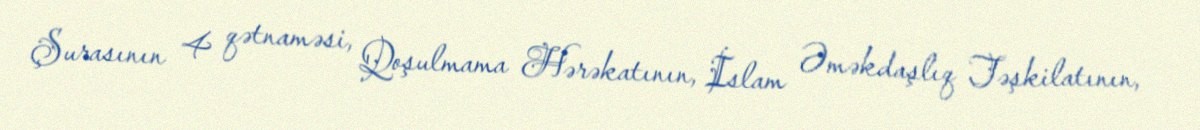
Şurasının 4 qətnaməsi, Qoşulmama Hərəkatının, İslam Əməkdaşlıq Təşkilatının,